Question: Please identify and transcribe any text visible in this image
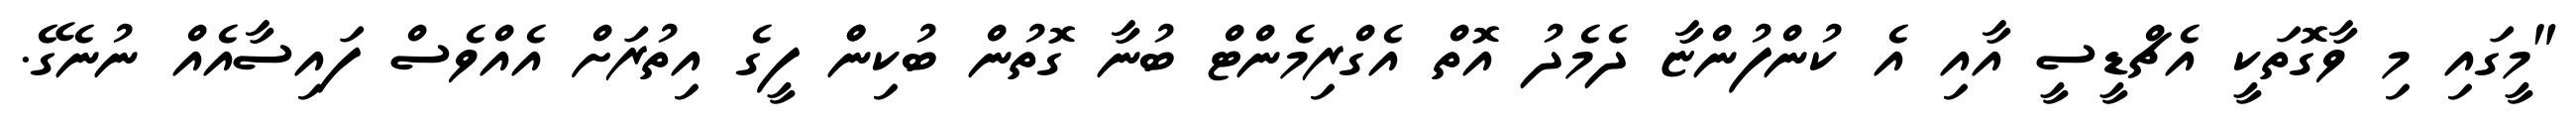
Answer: "މީގައި މި ވާގޮތަކީ އެޗްޑީސީ އާއި އެ ކުންފުންޏާ ދެމެދު އޮތް އެގްރިމެންޓް ބުނާ ގޮތުން ބުކިންް ފީގެ އިތުރަށް އެއްވެސް ފައިސާއެއް ނުނެގޭ.